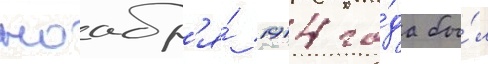
ноабр'я́ 1914 го́да бы́л